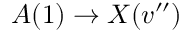
A ( 1 ) \rightarrow X ( v ^ { \prime \prime } )